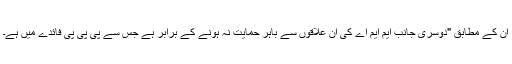
ان کے مطابق "دوسری جانب ایم ایم اے کی ان علاقوں سے باہر حمایت نہ ہونے کے برابر ہے جس سے پی پی پی فائدے میں ہے۔